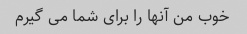
خوب من آنها را برای شما می گیرم